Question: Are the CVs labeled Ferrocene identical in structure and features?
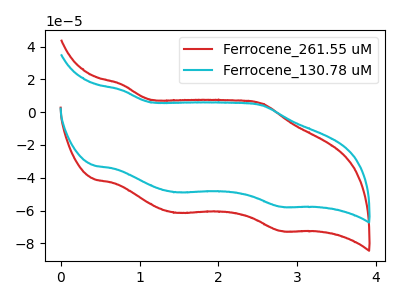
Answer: <think>The red curve "Ferrocene_261.55 uM" has anodic peaks at (0.75V, 16.95uA) (2.55V, 5.25uA) and cathodic peaks at (1.45V, -61.40uA) (2.80V, -72.50uA). The cyan curve "Ferrocene_130.78 uM" has anodic peaks at (0.75V, 13.50uA) (2.55V, 4.20uA) and cathodic peaks at (1.45V, -48.85uA) (2.80V, -57.70uA).
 All the peaks in "Ferrocene_261.55 uM" have a peak in "Ferrocene_130.78 uM" at the same potential. Every peak in "Ferrocene_261.55 uM" is higher than every peak in "Ferrocene_130.78 uM".</think>
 <answer>All the CV's of "Ferrocene" have similar shape.</answer>
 <eval>follow_rule</eval>